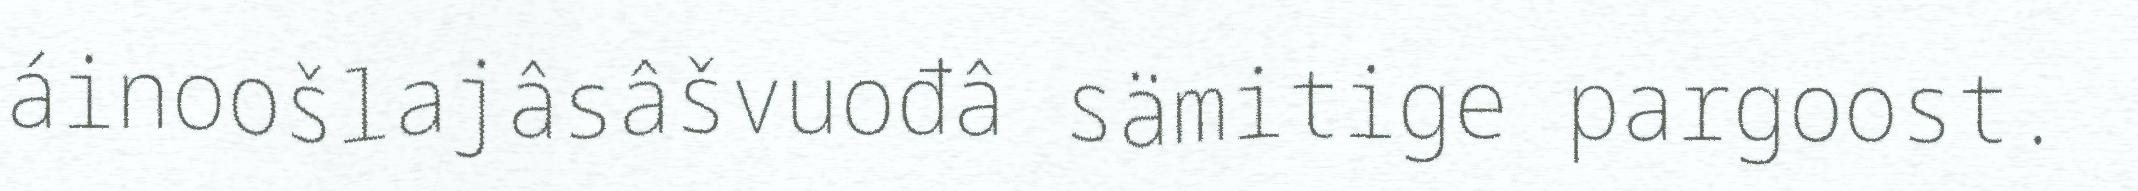
áinoošlajâsâšvuođâ sämitige pargoost.